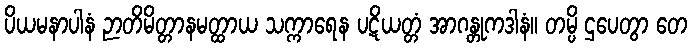
ပိယမနာပါနံ ဉာတိမိတ္တာနမတ္ထာယ သက္ကာရေန ပဋိယတ္တံ အာဂန္တုကဒါနံ။ တမ္ပိ ဌပေတွာ တေ